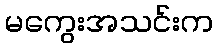
မကွေးအသင်းက